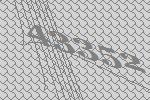
43352